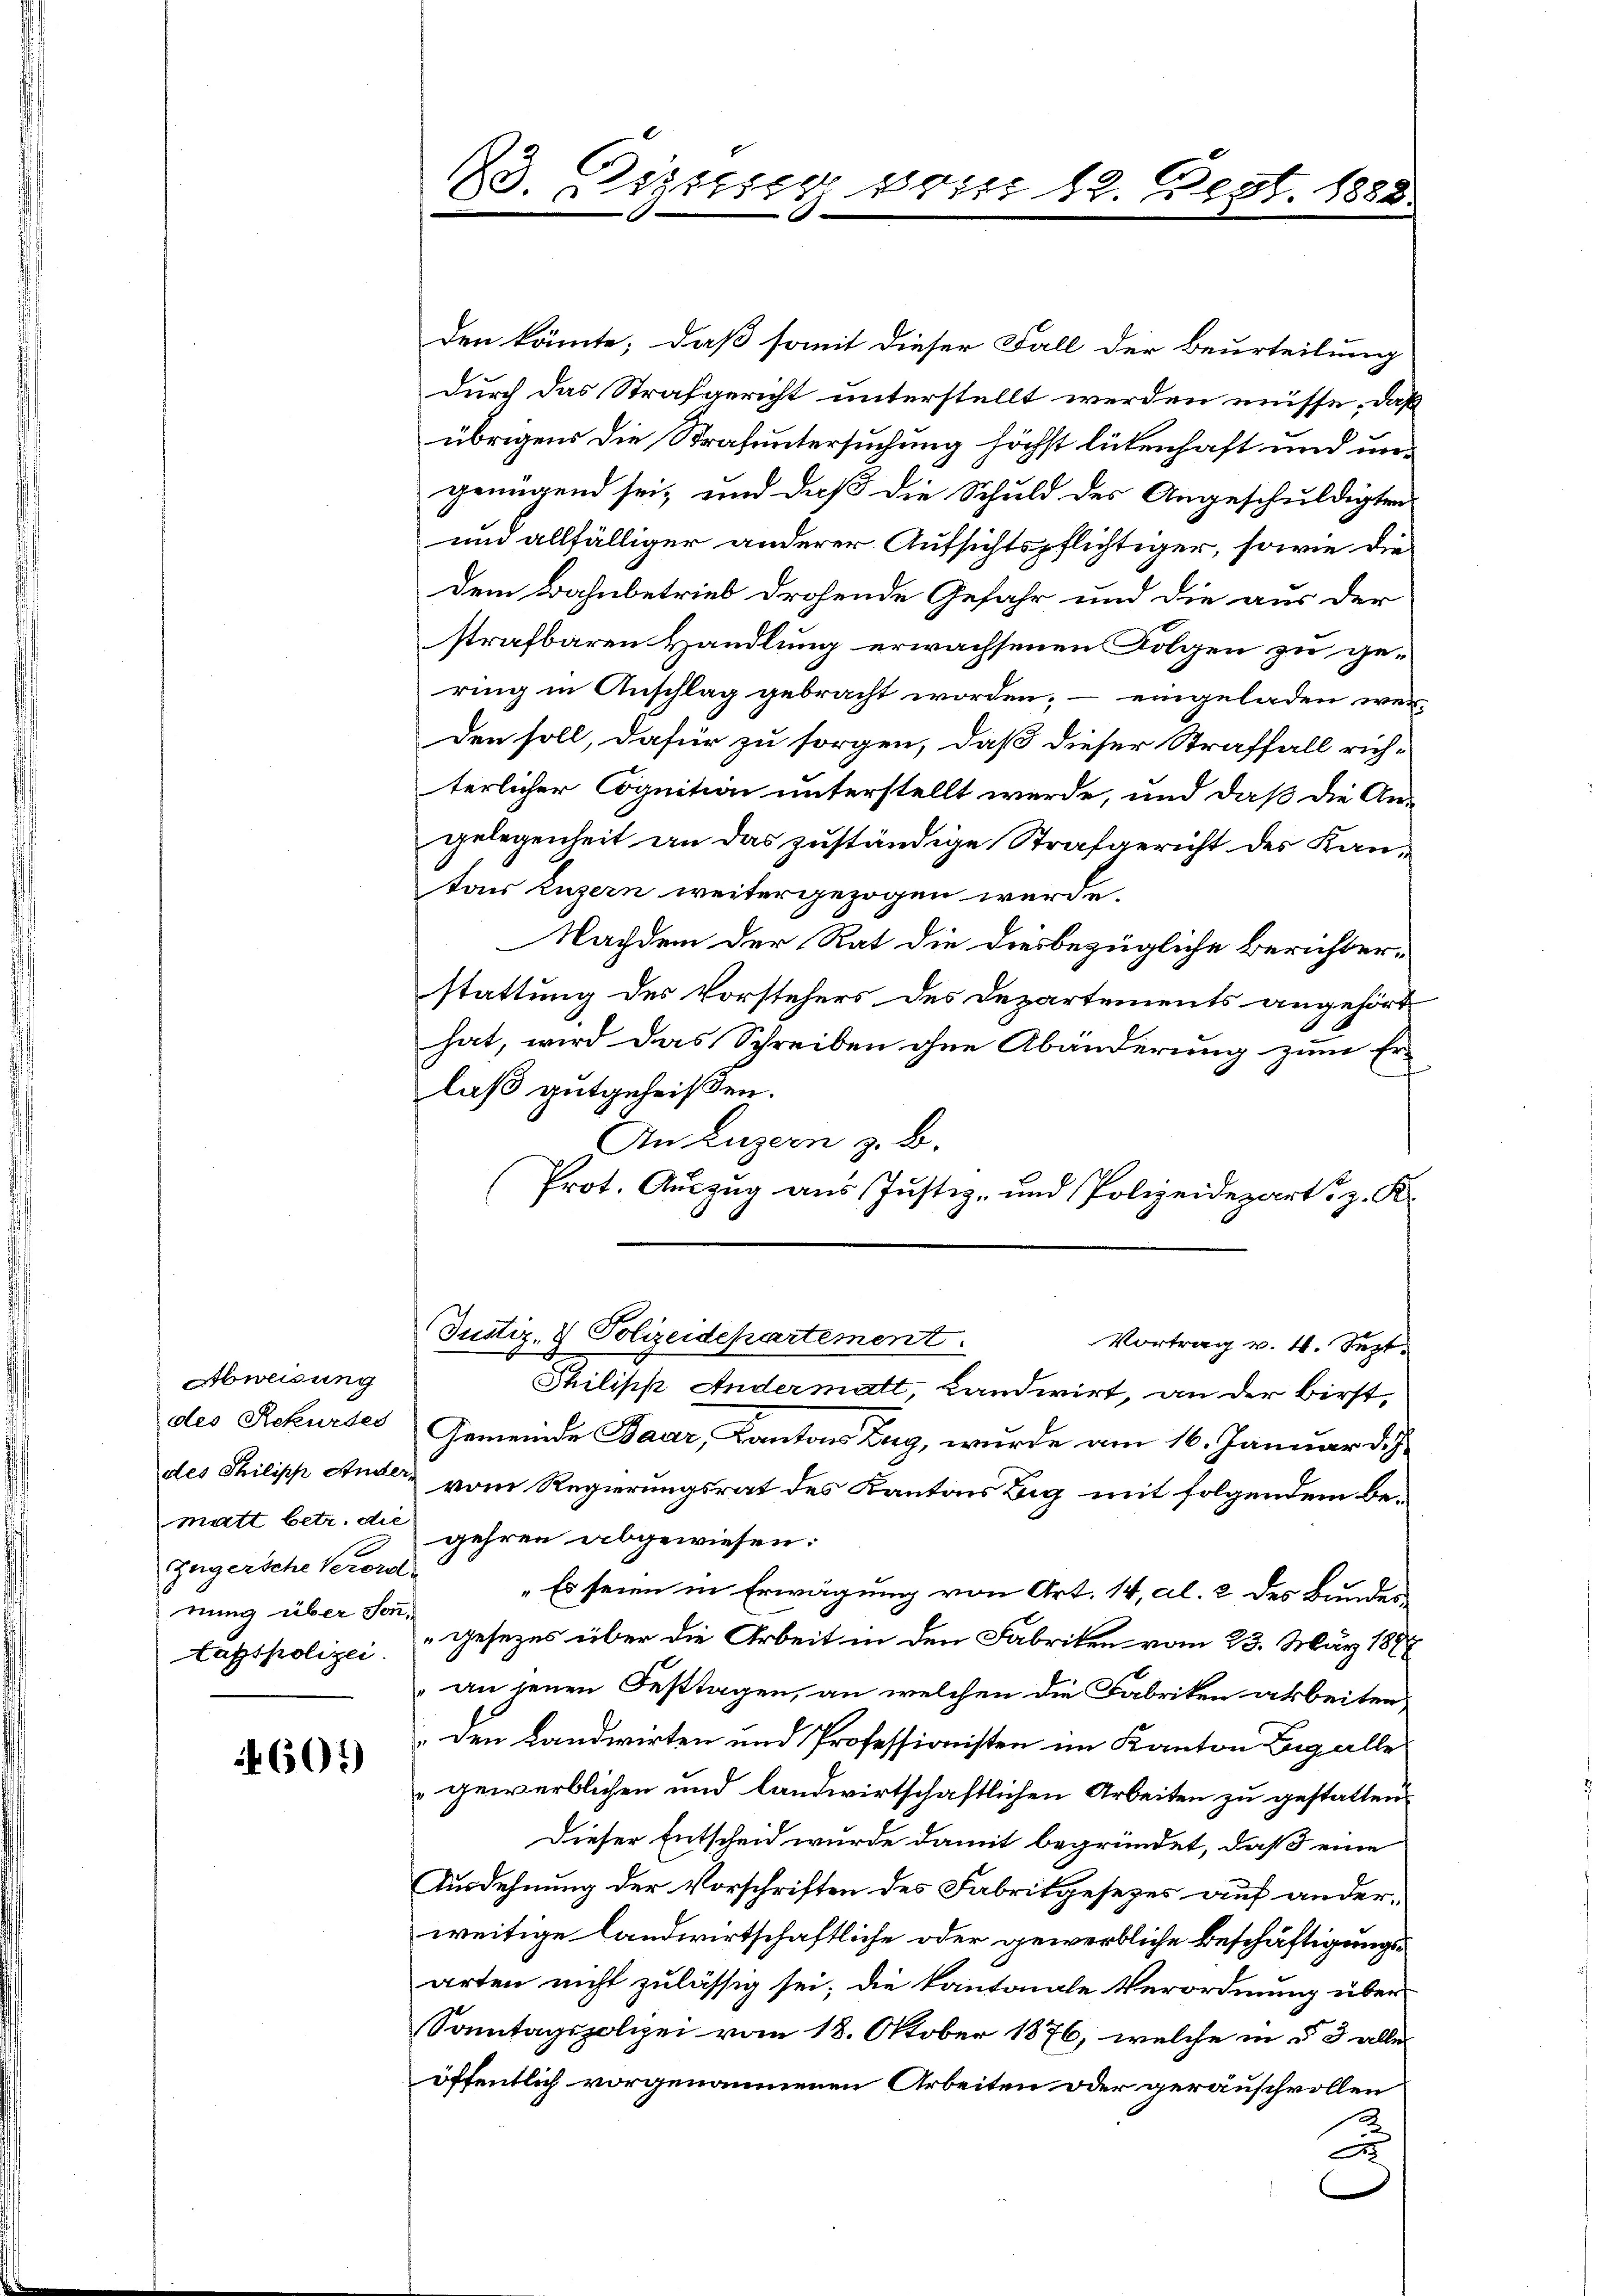
Abweisung
zügersche Verord
nung über son¬

601)

23. Dieser von 12. Sept. 1882

den könnte; daß somit dieser Fall der Beurteilung
durch das Strafgericht unterstellt werden müsse. Daß
übrigens die Strafuntersuchung höchst lickenhaft und ungenügend sei, und daß die Schuld des Angeschuldigten
und allfälliger anderer Aufsichtspflichtiger, sowie die
dem Bahnbetrieb drohende Gefahr und die aus der
strafbaren Handlung erwachsenen Folgen zu gering in Anschlag gebracht worden, – eingeladen werden soll, dafür zu sorgen, daß dieser Straffall rich-
terlicher Cognition unterstellt werde, und daß die Angelegenheit an das zuständige Strafgericht des Kanton Luzern weitergezogen werde.
Nachdem der Rat die diesbezügliche Berichterstattung des Vorstehers des Departements angehört
hat, wird das Schreiben ohne Abänderung zum Er-
laß gutgeheißen.
An Luzern z. B.
Prot. Auszug aus Justiz- und Polizeidepart z. K.
Justiz- & Polizeidepartement.
Vortrag v. 4. Sept.
Philipp Andermatt, Landwirt, an der Birst,
des Rekurses Gemeinde Baar, Kantons Zug, wurde am 16. Januar d. J.
des Philipp Ander vom Regierungsrat des Kantons Big mit folgendem bematt betr. die gehren abgewiesen:
„Es seien in Erwägung von Art. 14, Al. 2 des Bundes¬
Lagspolizei gesezes über die Arbeit in den Fabriken vom 23. März 1888
an jenen Festtagen, an welchen die Fabriken arbeiten
den Landwirten und Professionisten im Kanton Zug alle
gewerblichen und landwirtschaftlichen Arbeiten zu gestatten.
Dieser Entscheid wurde damit begründet, daß eine
Ausdehnung der Vorschriften des Fabrikgesezes auf anderweitige landwirtschaftliche oder gewerbliche Beschäftigungsarten nicht zulässig sei; die kantonale Verordnung über
Sonntagspolizei vom 18. Oktober 1876, welche in § 3 alle
öffentlich vorgenommenen Arbeiten oder geräuschvollen
2